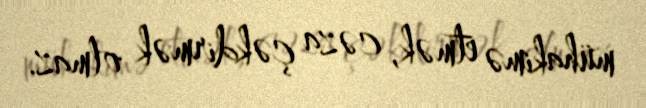
mühakimə etmək, cəza çəkdirmək olmaz.